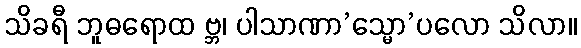
သိခရီ ဘူဓရောထ ဗ္ဘ၊ ပါသာဏာ’သ္မော’ပလော သိလာ။